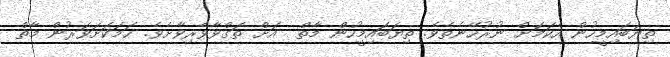
ތިޔަބައިމީހުން އެކަމަށް ނުރުހޭނެތެވެ. ތިޔަބައިމީހުން މާތް  އަށް ތަގްވާވެރިވާށެވެ. ހަމަކަށަވަރުން މާތް